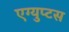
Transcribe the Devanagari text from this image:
एग्युप्टस